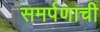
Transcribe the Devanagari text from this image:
समर्पणाची